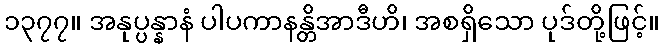
၁၃၇၇။ အနုပ္ပန္နာနံ ပါပကာနန္တိအာဒီဟိ၊ အစရှိသော ပုဒ်တို့ဖြင့်။